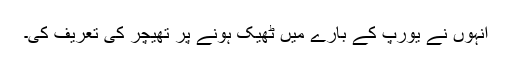
انہوں نے یورپ کے بارے میں ٹھیک ہونے پر تھیچر کی تعریف کی۔